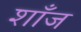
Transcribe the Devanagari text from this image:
शाँज